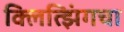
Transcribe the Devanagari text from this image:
क्लित्झिंगचा